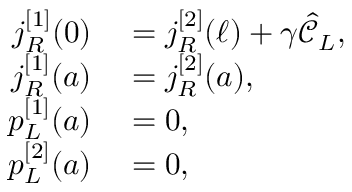
\begin{array} { r l } { j _ { R } ^ { [ 1 ] } ( 0 ) } & { { } = j _ { R } ^ { [ 2 ] } ( \ell ) + \gamma \hat { \mathcal { C } } _ { L } , } \\ { j _ { R } ^ { [ 1 ] } ( a ) } & { { } = j _ { R } ^ { [ 2 ] } ( a ) , } \\ { p _ { L } ^ { [ 1 ] } ( a ) } & { { } = 0 , } \\ { p _ { L } ^ { [ 2 ] } ( a ) } & { { } = 0 , } \end{array}